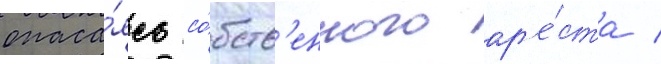
опаса́ясь со́бств'енного ар'е́ста /